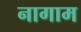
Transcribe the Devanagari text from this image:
नागाम